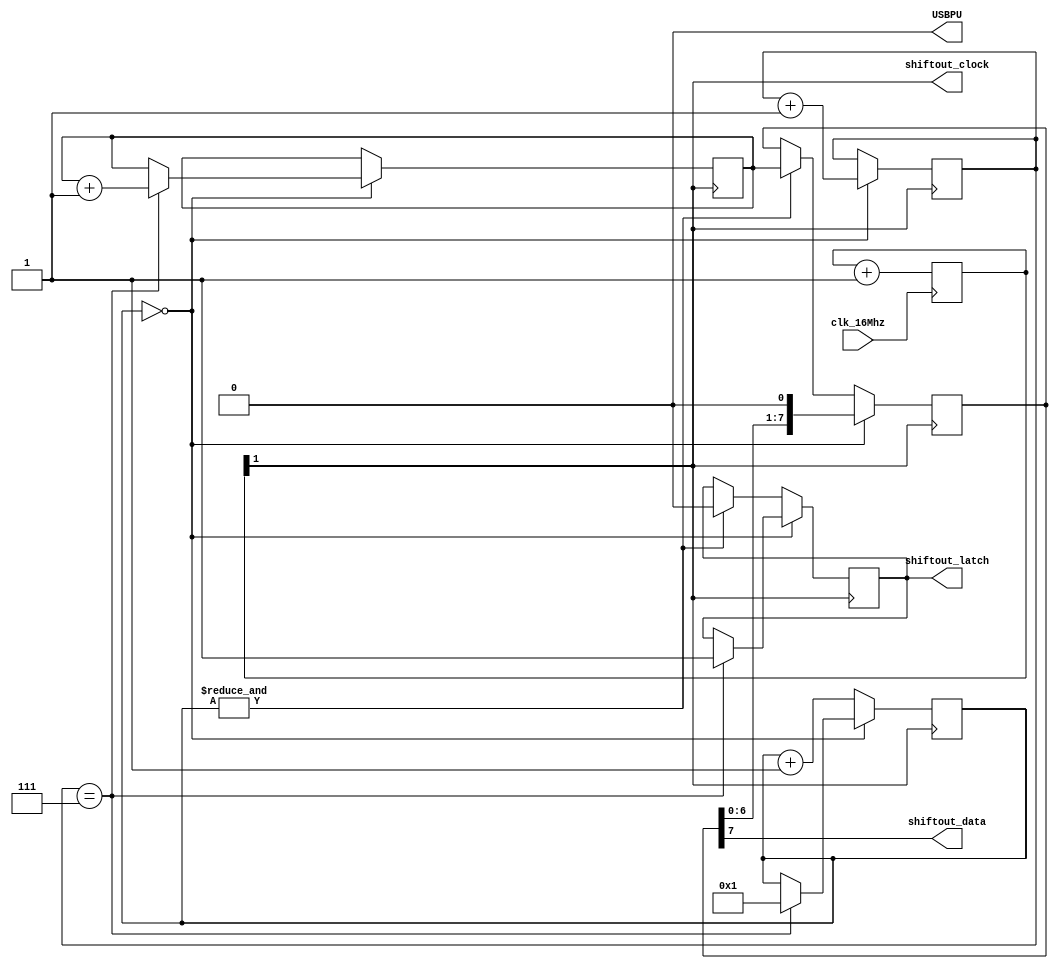
module top (
  input clk_16Mhz,
  output USBPU,
  output shiftout_clock,
  output reg shiftout_latch,
  output shiftout_data);

assign USBPU = 0;

reg [7:0] shift_reg = 0;

assign shiftout_data = shift_reg[7];

reg [1:0] divider;
wire clk = divider[1];

always @(posedge clk_16Mhz) divider <= divider + 1;

assign shiftout_clock = clk;

reg [20:0] delay_counter;

reg [2:0] bit_counter = 0;
reg [7:0] data_out = 0;

always @(negedge clk) begin
    // When delay counter is zero shift out the data
    if (delay_counter == 0) begin
      shift_reg <= shift_reg << 1;
      bit_counter <= bit_counter + 1;
      if (bit_counter == 7) begin
        // Show the value and restart the delay counter
        shiftout_latch <= 1;
        delay_counter <= 1;
        // Increment data out to show increasing numbers
        data_out <= data_out + 1;
      end
    end else begin
      delay_counter <= delay_counter + 1;
      // When delay counter is maxed out, prepare to shift out next value
      if (&delay_counter) begin
        shiftout_latch <= 0;
        shift_reg <= data_out;
      end
    end
end
endmodule